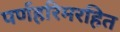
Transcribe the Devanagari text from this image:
पर्णहरिमरहित